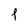
Character: f